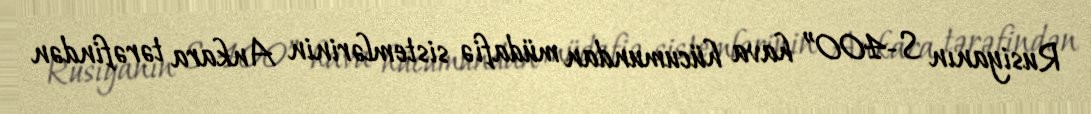
Rusiyanın S-400” hava hücumundan müdafiə sistemlərinin Ankara tərəfindən